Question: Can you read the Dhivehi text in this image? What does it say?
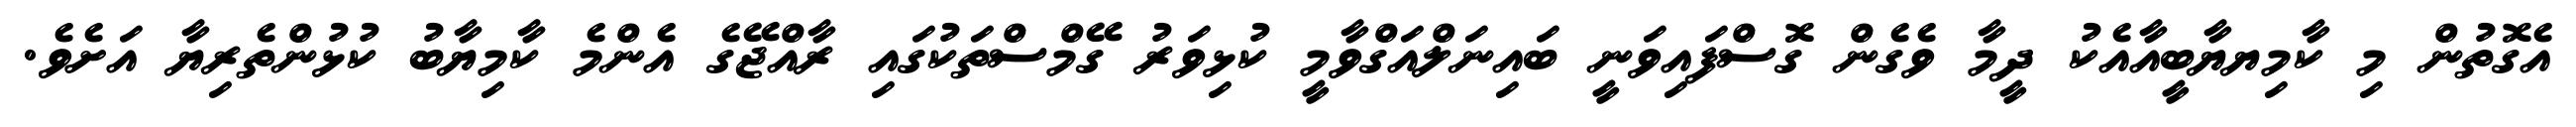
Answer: އެގޮތުން މި ކާމިޔޔާބީއާއެކު ދީމާ ވެގެން ގޮސްފައިވަނީ ބައިނަލްއަގްވާމީ ކުޅިވަރު ގޭމްސްތަކުގައި ރާއްޖޭގެ އެންމެ ކާމިޔާބު ކުޅުންތެރިޔާ އަށެވެ.